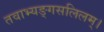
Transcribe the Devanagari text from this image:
तवाभ्यङ्गसलिलम्।